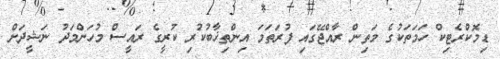
ޑިމޮކްރެޓިކް ހަމަތަކުގެ މަތިން ރާއްޖޭގައި ފުރަތަމަ އިންތިޚާބުކުރި ކުރީގެ ރައީސް މުހަންމަދު ނަޝީދަށް